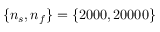
\{ n _ { s } , n _ { f } \} = \{ 2 0 0 0 , 2 0 0 0 0 \}